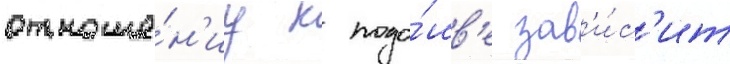
отноше́н'иу к подо́шв'е зав'и́с'ит